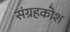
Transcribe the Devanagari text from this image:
संग्रहकोश